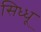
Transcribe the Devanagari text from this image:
सिध्धू